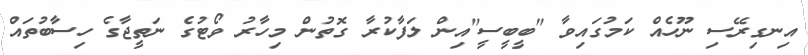
އިނގިރޭސި ނޫހެއް ކަމުގައިވާ "ބީބީސީ"އިން ލަފާކުރާ ގޮތުން މިހާރު ވޯޓުގެ ނަތީޖާގެ ހިސާބުތައް